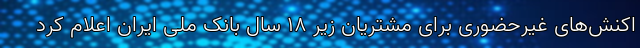
اکنش‌های غیرحضوری برای مشتریان زیر ۱۸ سال بانک ملی ایران اعلام کرد